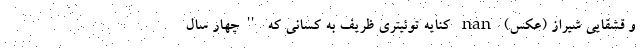
و قشقایی شیراز (عکس) nan کنایه توئیتری ظریف به کسانی که ''چهار سال